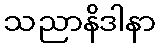
သညာနိဒါနာ